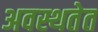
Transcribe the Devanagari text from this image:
अवस्थतेत